Vaccination in Bombay 1869-1873 - 1869-1873
Year: 1869
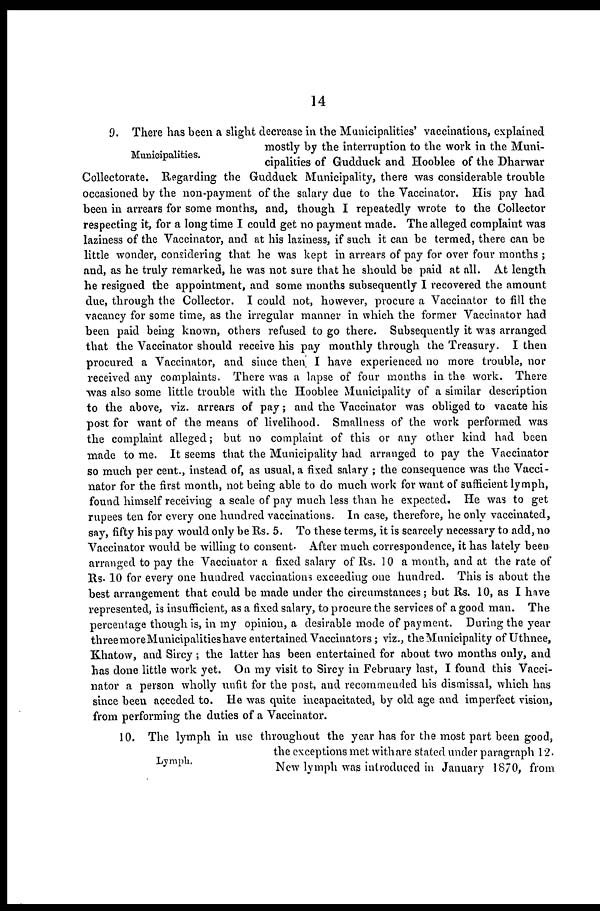
14
Municipalities.
9. There has been a slight decrease in the Municipalities' vaccinations, explained
mostly by the interruption to the work in the Muni-
cipalities of Gudduck and Hooblee of the Dharwar
Collectorate. Regarding the Gudduck Municipality, there was considerable trouble
occasioned by the non-payment of the salary due to the Vaccinator. His pay had
been in arrears for some months, and, though I repeatedly wrote to the Collector
respecting it, for a long time I could get no payment made. The alleged complaint was
laziness of the Vaccinator, and at his laziness, if such it can be termed, there can be
little wonder, considering that he was kept in arrears of pay for over four months ;
and, as he truly remarked, he was not sure that he should be paid at all. At length
he resigned the appointment, and some months subsequently I recovered the amount
due, through the Collector. I could not, however, procure a Vaccinator to fill the
vacancy for some time, as the irregular manner in which the former Vaccinator had
been paid being known, others refused to go there. Subsequently it was arranged
that the Vaccinator should receive his pay monthly through the Treasury. I then
procured a Vaccinator, and since then. I have experienced no more trouble, nor
received any complaints. There was a lapse of four months in the work. There
was also some little trouble with the Hooblee Municipality of a similar description
to the above, viz. arrears of pay; and the Vaccinator was obliged to vacate his
post for want of the means of livelihood. Smallness of the work performed was
the complaint alleged; but no complaint of this or any other kind had been
made to me. It seems that the Municipality had arranged to pay the Vaccinator
so much per cent., instead of, as usual, a fixed salary ; the consequence was the Vacci-
nator for the first month, not being able to do much work for want of sufficient lymph,
found himself receiving a scale of pay much less than he expected. He was to get
rupees ten for every one hundred vaccinations. In case, therefore, he only vaccinated,
say, fifty his pay would only be Rs. 5. To these terms, it is scarcely necessary to add, no
Vaccinator would be willing to consent. After much correspondence, it has lately been
arranged to pay the Vaccinator a fixed salary of Rs. 10 a month, and at the rate of
Rs. 10 for every one hundred vaccinations exceeding one hundred. This is about the
best arrangement that could be made under the circumstances; but Rs. 10, as I have
represented, is insufficient, as a fixed salary, to procure the services of a good man. The
percentage though is, in my opinion, a desirable mode of payment. During the year
three more Municipalities have entertained Vaccinators; viz., the Municipality of Uthnee,
Khatow, and Sircy ; the latter has been entertained for about two months only, and
has done little work yet. On my visit to Sircy in February last, I found this Vacci-
nator a person wholly unfit for the post, and recommended his dismissal, which has
since been acceded to. He was quite incapacitated, by old age and imperfect vision,
from performing the duties of a Vaccinator.
Lymph.
10. The lymph in use throughout the year has for the most part been good,
the exceptions met with are stated under paragraph 12.
New lymph was introduced in January 1870, from